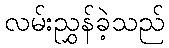
လမ်းညွှန်ခဲ့သည်